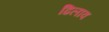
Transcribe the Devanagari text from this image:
ढिलाव